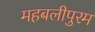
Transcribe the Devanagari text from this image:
महबलीपुरम